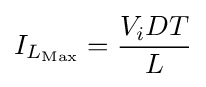
I_{L_{\text{Max}}}={\frac {V_{i}DT}{L}}